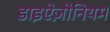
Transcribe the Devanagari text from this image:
डाइऐज़ोनियम